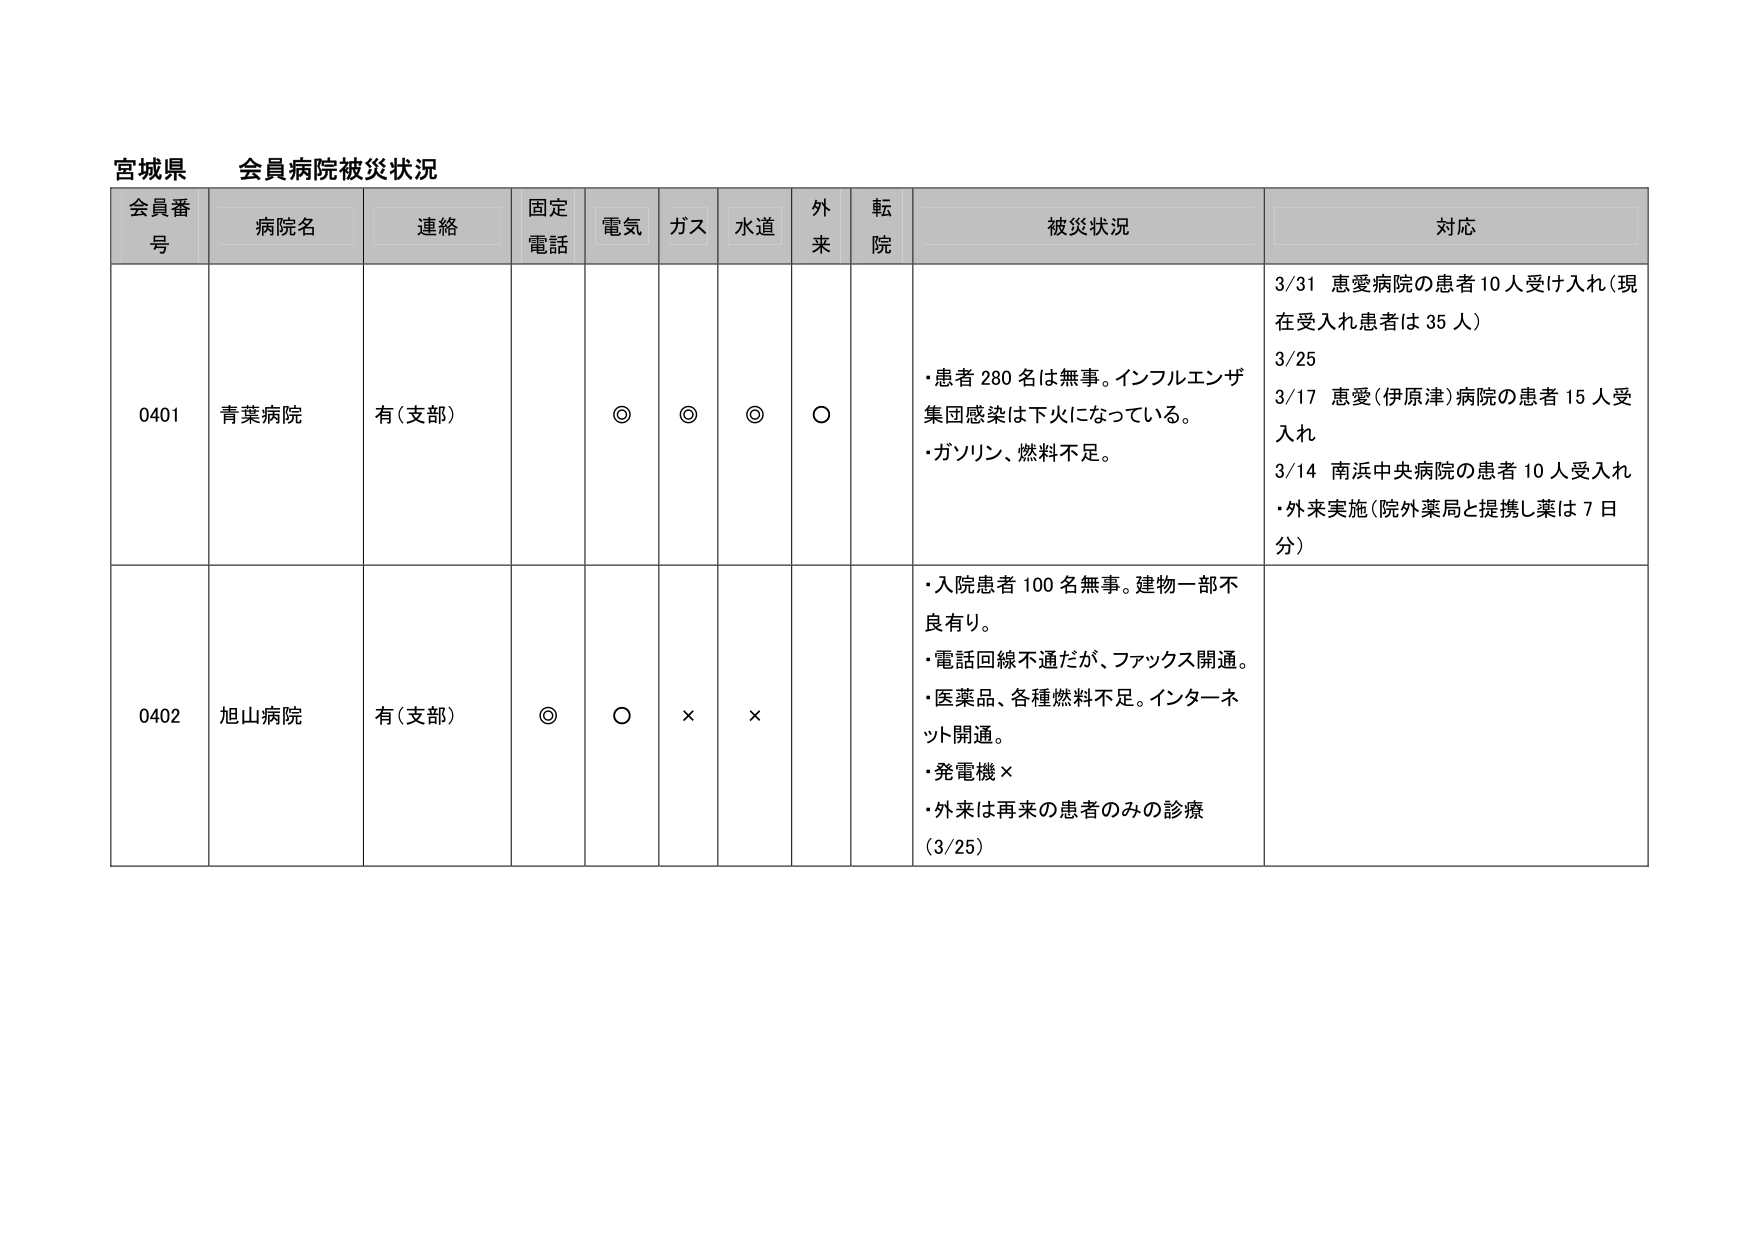
宮城県 会員病院被災状況

会員番号 病院名 連絡 固定電話 電気 ガス 水道 外来 転院 被災状況 対応

0401 青葉病院 有(支部) ◎ ◎ ◎ ○ ・患者280名は無事。インフルエンザ集団感染は下火になっている。 ・ガソリン、燃料不足。 3/31 恵愛病院の患者10人受け入れ(現在受入れ患者は35人) 3/25 3/17 恵愛(伊原津)病院の患者15人受入れ 3/14 南浜中央病院の患者10人受入れ ・外来実施(院外薬局と提携し薬は7日分)

0402 旭山病院 有(支部) ◎ ○ × × ・入院患者100名無事。建物一部不良有り。 ・電話回線不通だが、ファックス開通。 ・医薬品、各種燃料不足。インターネット開通。 ・発電機× ・外来は再来の患者のみの診療 (3/25)